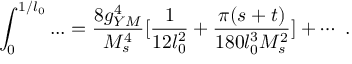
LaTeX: \int _ { 0 } ^ { 1 / l _ { 0 } } . . . = { \frac { 8 g _ { Y M } ^ { 4 } } { M _ { s } ^ { 4 } } } [ { \frac { 1 } { 1 2 l _ { 0 } ^ { 2 } } } + { \frac { \pi ( s + t ) } { 1 8 0 l _ { 0 } ^ { 3 } M _ { s } ^ { 2 } } } ] + \cdots \ .